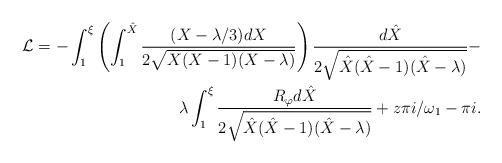
LaTeX: \begin{align*}\mathcal{L} = -\int_1^{\xi}\left(\int_{1}^{\hat{X}}\frac{(X-\lambda/3)dX}{2\sqrt{X(X-1)(X-\lambda)}}\right)\frac{d\hat{X}}{2\sqrt{\hat{X}(\hat{X}-1)(\hat{X}-\lambda)}} -\\ \lambda\int_1^{\xi}\frac{R_{\varphi}d\hat{X}}{2\sqrt{\hat{X}(\hat{X}-1)(\hat{X}-\lambda)}} +z\pi i/\omega_1 -\pi i.\end{align*}